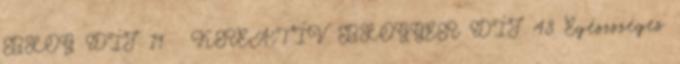
BLOG DÍJ 19 ♥ KREATÍV BLOGGER DÍJ 48 Egészszéges